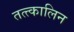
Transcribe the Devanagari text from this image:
तत्त्कालिन